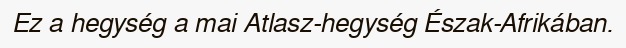
Ez a hegység a mai Atlasz-hegység Észak-Afrikában.